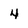
Character: 4